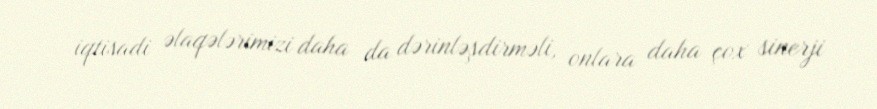
iqtisadi əlaqələrimizi daha da dərinləşdirməli, onlara daha çox sinerji